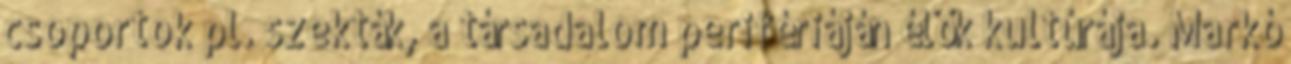
csoportok pl. szekták, a társadalom perifériáján élők kultúrája. Markó